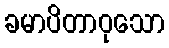
ခမာပိတာဝုသော